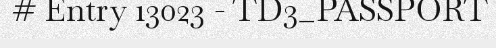
# Entry 13023 - TD3_PASSPORT